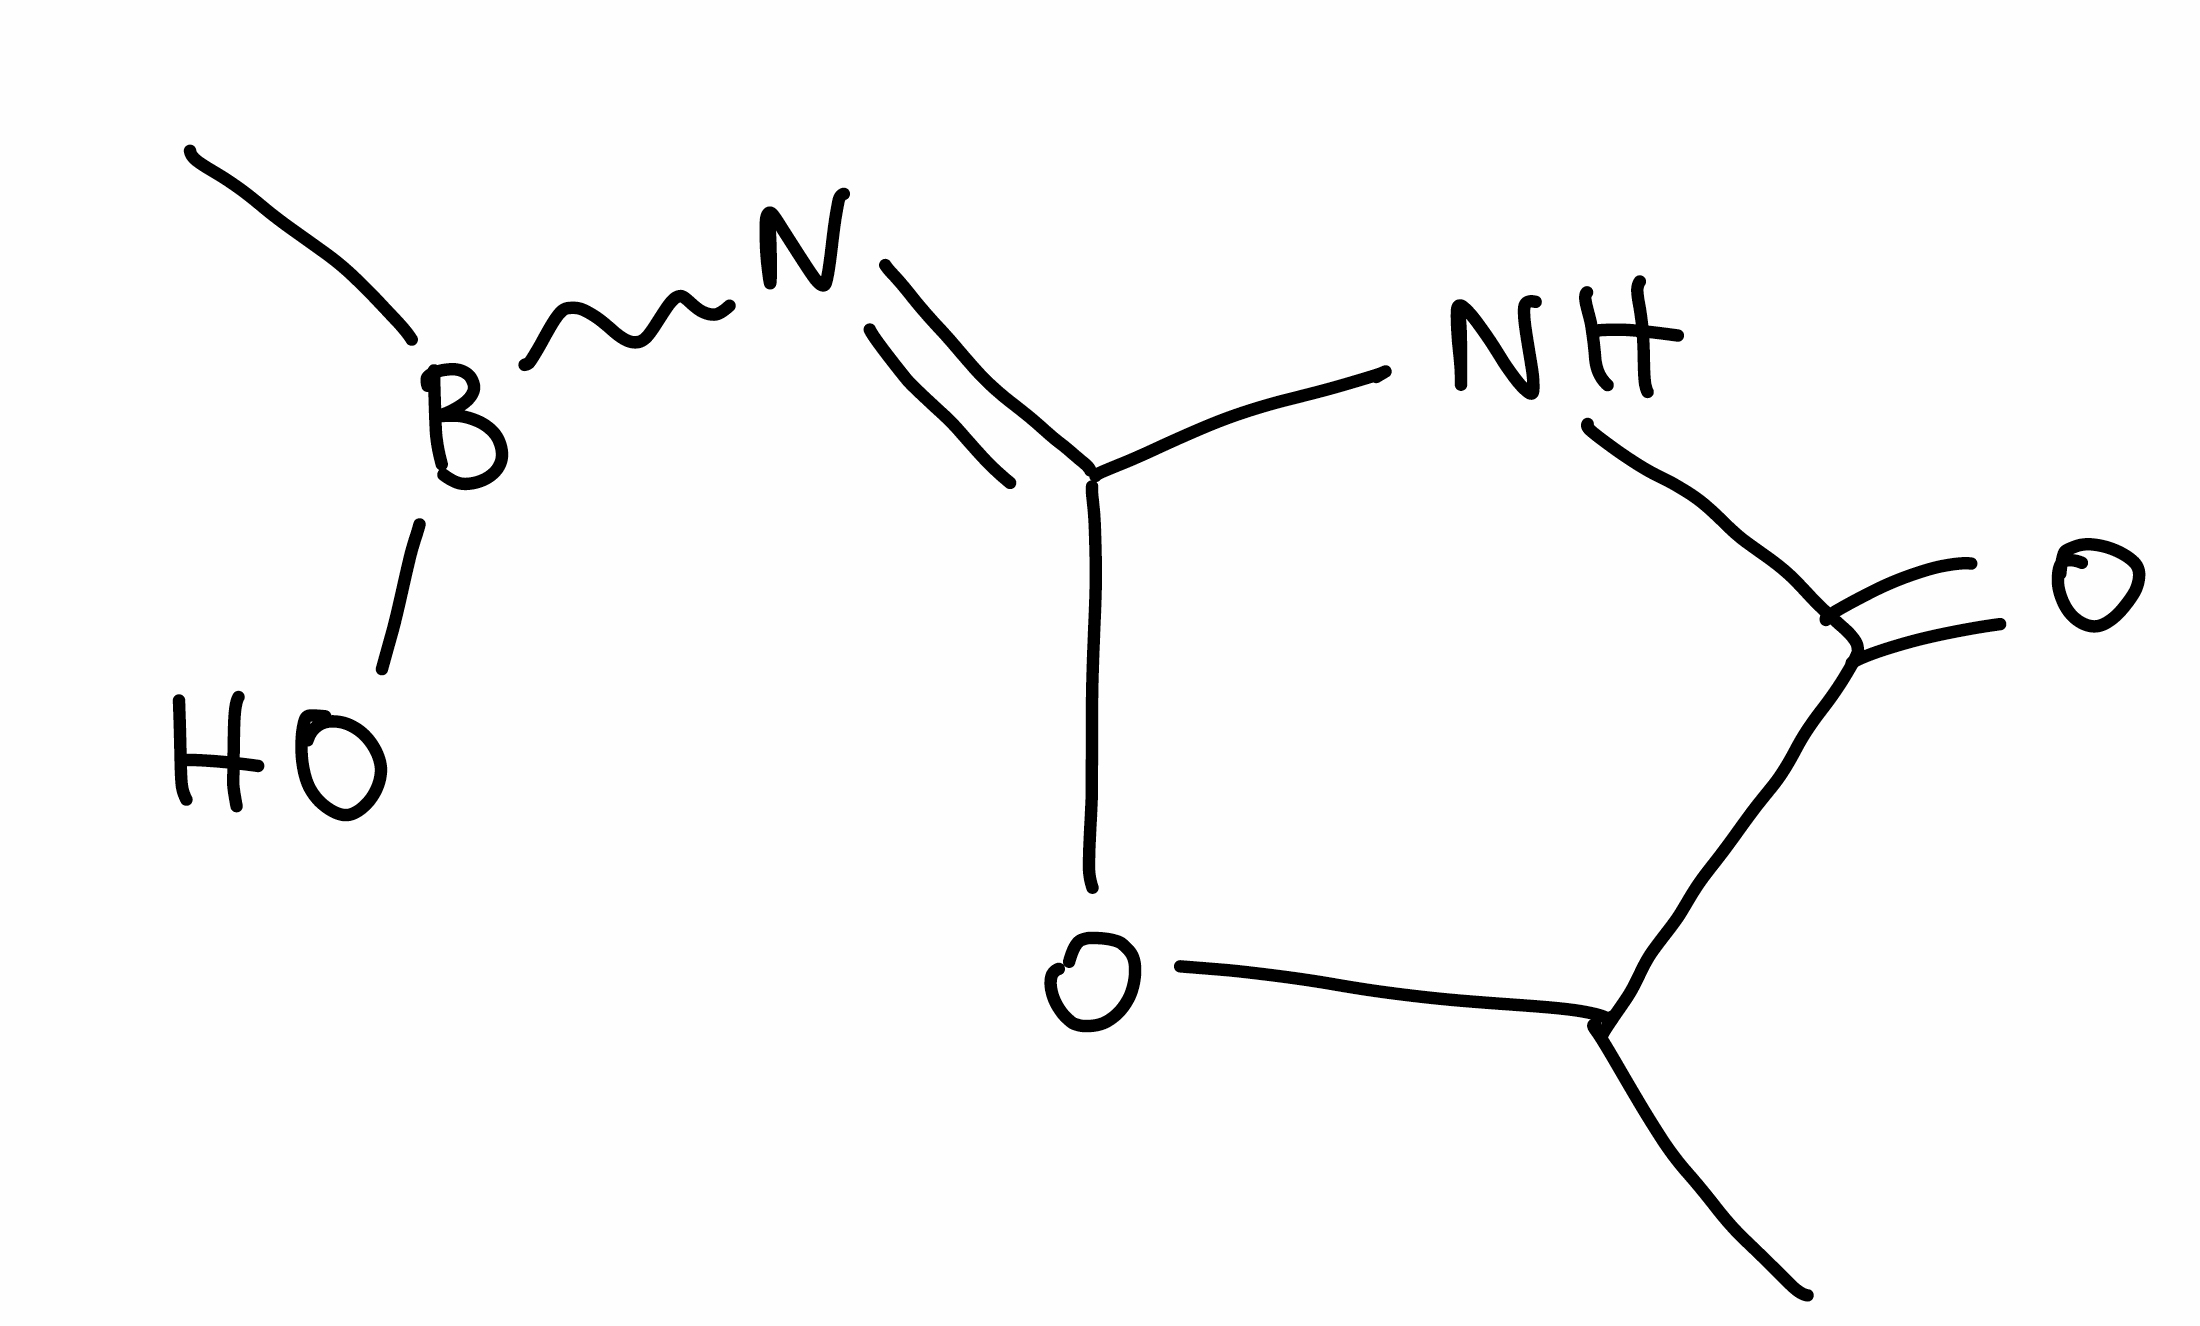
Simplified molecular-input line-entry system (SMILES) notation of the given molecule:
B(C)(N=C1NC(=O)C(O1)C)O